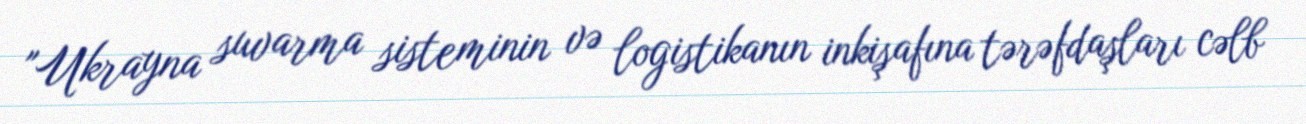
"Ukrayna suvarma sisteminin və logistikanın inkişafına tərəfdaşları cəlb